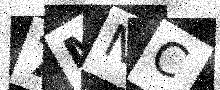
Text: 7MNC